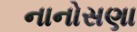
નાનોસણા